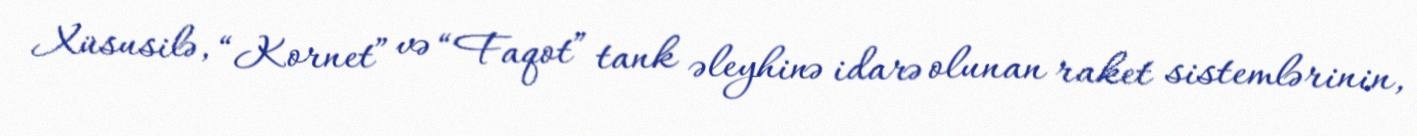
Xüsusilə, “Kornet” və “Faqot” tank əleyhinə idarə olunan raket sistemlərinin,